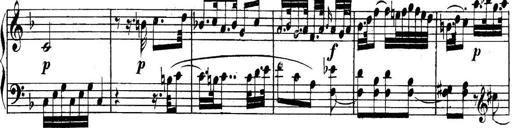
Title: Collected Piano Sonatas
Composer: Muzio Clementi